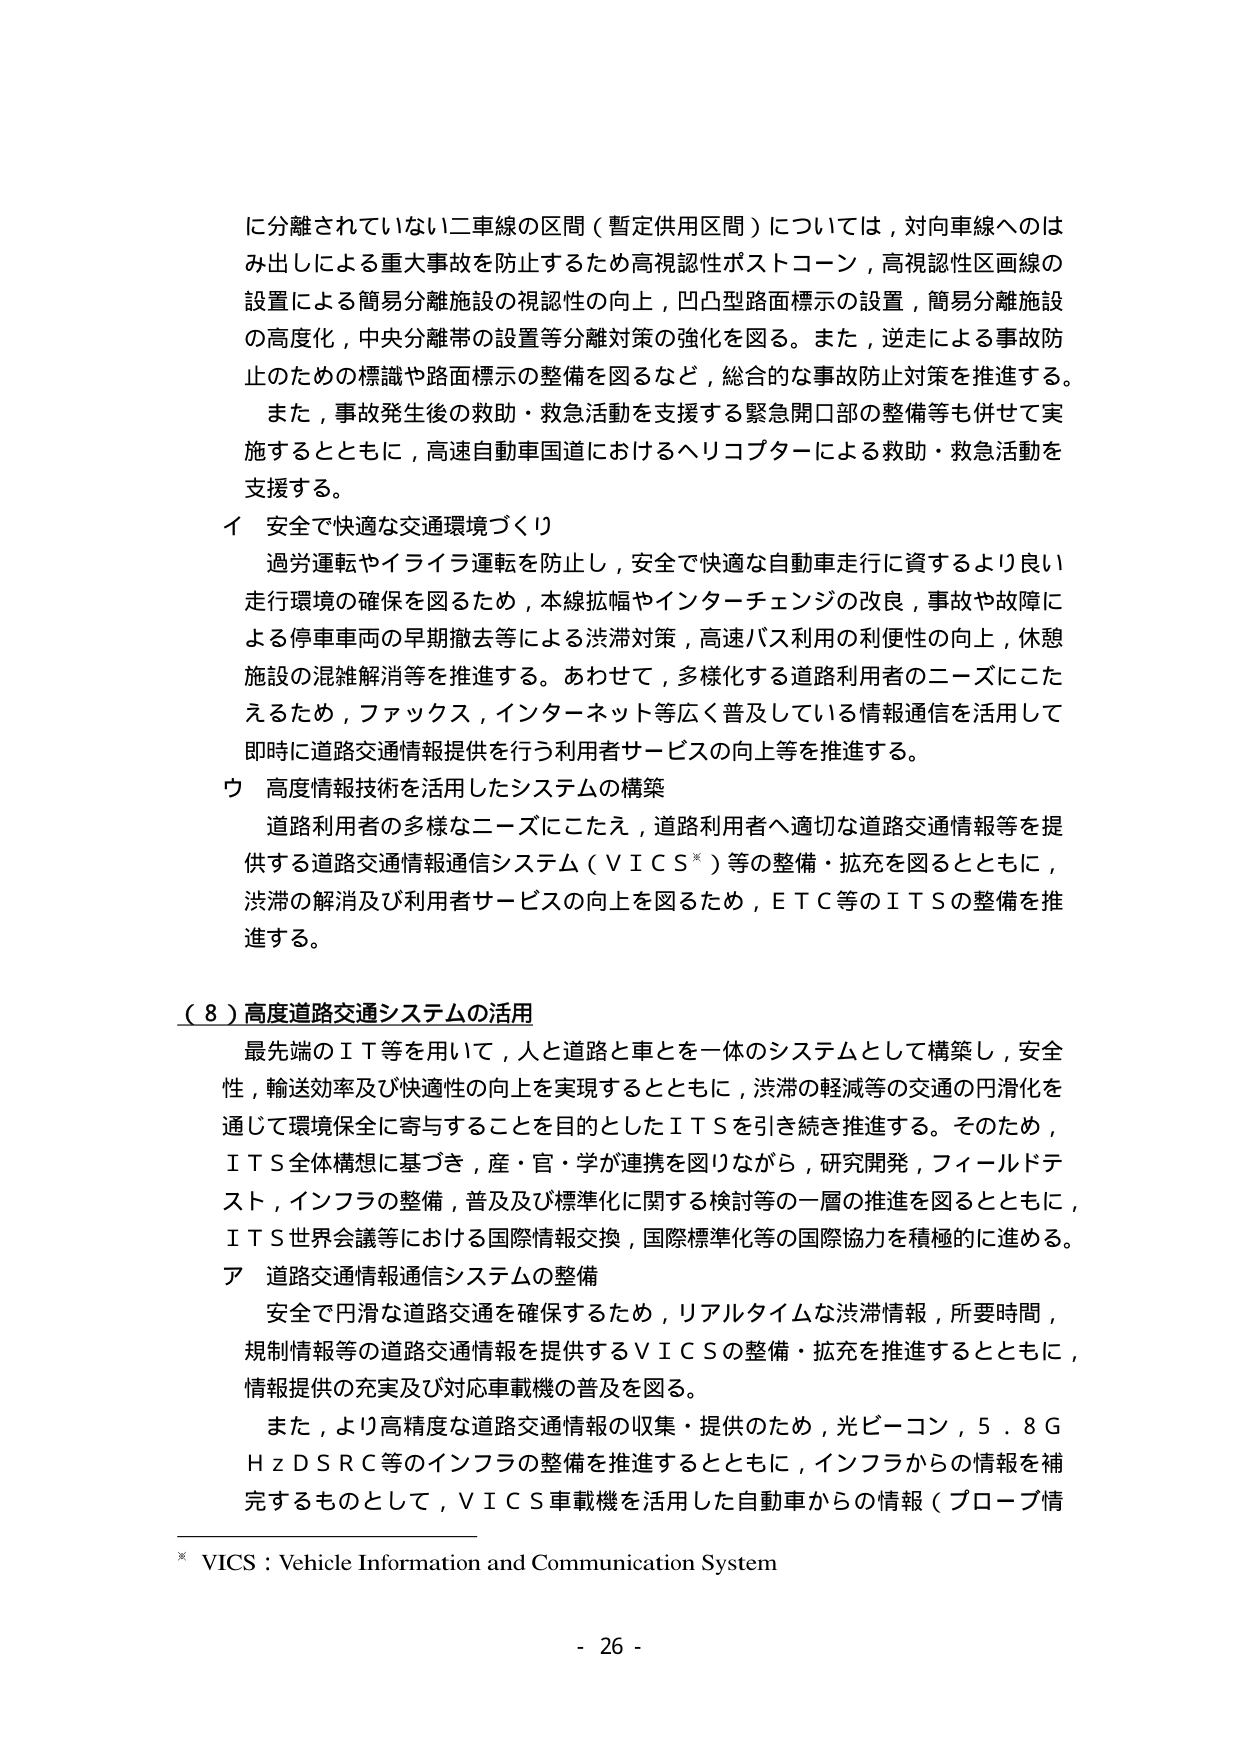
に分離されていない二車線の区間（暫定供用区間）については，対向車線へのはみ出しによる重大事故を防止するため高視認性ポストコーン，高視認性区画線の設置による簡易分離施設の視認性の向上，凹凸型路面標示の設置，簡易分離施設の高度化，中央分離帯の設置等分離対策の強化を図る。また，逆走による事故防止のための標識や路面標示の整備を図るなど，総合的な事故防止対策を推進する。

また，事故発生後の救助・救急活動を支援する緊急開口部の整備等も併せて実施するとともに，高速自動車国道におけるヘリコプターによる救助・救急活動を支援する。

イ 安全で快適な交通環境づくり

過労運転やイライラ運転を防止し，安全で快適な自動車走行に資するより良い走行環境の確保を図るため，本線拡幅やインターチェンジの改良，事故や故障による停車車両の早期撤去等による渋滞対策，高速バス利用の利便性の向上，休憩施設の混雑解消等を推進する。あわせて，多様化する道路利用者のニーズにこたえるため，ファックス，インターネット等広く普及している情報通信を活用して即時に道路交通情報提供を行う利用者サービスの向上等を推進する。

ウ 高度情報技術を活用したシステムの構築

道路利用者の多様なニーズにこたえ，道路利用者へ適切な道路交通情報等を提供する道路交通情報通信システム（ＶＩＣＳ※）等の整備・拡充を図るとともに，渋滞の解消及び利用者サービスの向上を図るため，ＥＴＣ等のＩＴＳの整備を推進する。

（８）高度道路交通システムの活用

最先端のＩＴ等を用いて，人と道路と車を一体のシステムとして構築し，安全性，輸送効率及び快適性の向上を実現するとともに，渋滞の軽減等の交通の円滑化を通じて環境保全に寄与することを目的としたＩＴＳを引き続き推進する。そのため，ＩＴＳ全体構想に基づき，産・官・学が連携を図りながら，研究開発，フィールドテスト，インフラの整備，普及及び標準化に関する検討等の一層の推進を図るとともに，ＩＴＳ世界会議等における国際情報交換，国際標準化等の国際協力を積極的に進める。

ア 道路交通情報通信システムの整備

安全で円滑な道路交通を確保するため，リアルタイムな渋滞情報，所要時間，規制情報等の道路交通情報を提供するＶＩＣＳの整備・拡充を推進するとともに，情報提供の充実及び対応車載機の普及を図る。

また，より高精度な道路交通情報の収集・提供のため，光ビーコン，５．８ＧＨｚＤＳＲＣ等のインフラの整備を推進するとともに，インフラからの情報を補完するものとして，ＶＩＣＳ車載機を活用した自動車からの情報（プローブ情

※ VICS : Vehicle Information and Communication System

- 26 -